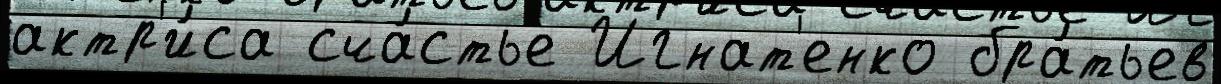
актр'и́са сча́стье Игнат'енко бра́тьев